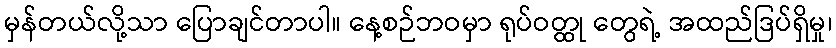
မှန်တယ်လို့သာ ပြောချင်တာပါ။ နေ့စဉ်ဘဝမှာ ရုပ်ဝတ္ထု တွေရဲ့ အထည်ဒြပ်ရှိမှု၊